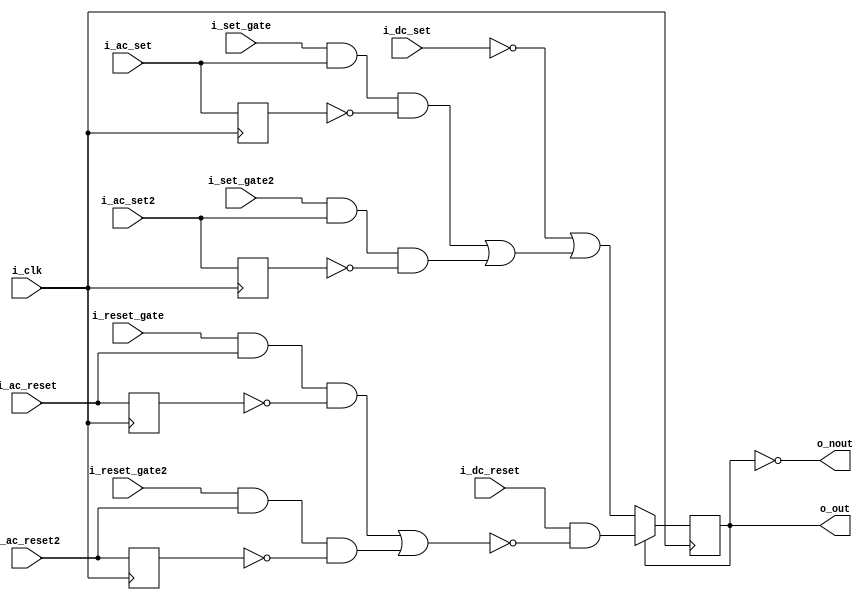
module trigger3(i_clk,
	i_set_gate, i_ac_set, i_dc_set,
	i_reset_gate, i_ac_reset, i_dc_reset,
	i_set_gate2, i_ac_set2,
	i_reset_gate2, i_ac_reset2,
	o_out, o_nout);

input wire i_clk;
input wire i_set_gate;	// enables ac_set
input wire i_ac_set;	// active if positive pulse
input wire i_dc_set;	// active low
input wire i_reset_gate;	// enables ac_reset
input wire i_ac_reset;	// active if positive pulse
input wire i_dc_reset;	// active low
input wire i_set_gate2;	// enables ac_set
input wire i_ac_set2;	// active if positive pulse
input wire i_reset_gate2;	// enables ac_reset
input wire i_ac_reset2;	// active if positive pulse
output wire o_out;	// complementary	("off" output)
output wire o_nout;	// outputs		("on" output)

assign o_out = state;
assign o_nout = ~state;

reg state;
reg last_ac_set;
reg last_ac_reset;
reg last_ac_set2;
reg last_ac_reset2;
wire ac_set = i_set_gate & i_ac_set & ~last_ac_set |
	i_set_gate2 & i_ac_set2 & ~last_ac_set2;
wire ac_reset = i_reset_gate & i_ac_reset & ~last_ac_reset |
	i_reset_gate2 & i_ac_reset2 & ~last_ac_reset2;

initial begin
	last_ac_set <= 1'b0;
	last_ac_reset <= 1'b0;
	last_ac_set2 <= 1'b0;
	last_ac_reset2 <= 1'b0;
//	state <= 1'b0;
end

always @(posedge i_clk) begin
	last_ac_set <= i_ac_set;
	last_ac_reset <= i_ac_reset;
	last_ac_set2 <= i_ac_set2;
	last_ac_reset2 <= i_ac_reset2;
//	if (~i_dc_set & ~i_dc_reset) begin end else
	if (state) begin
		state <= i_dc_reset & ~(ac_reset);
	end else begin
		state <= ~i_dc_set | ac_set;
	end
end

endmodule